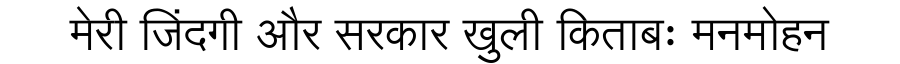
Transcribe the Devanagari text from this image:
मेरी जिंदगी और सरकार खुली किताबः मनमोहन